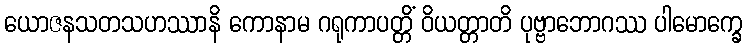
ယောဇနသတသဟဿာနိ ကောနာမ ဂရုကာပတ္တိံ ဝိယတ္တာတိ ပုဗ္ဗာဘောဂဿ ပါမောက္ခေ